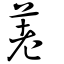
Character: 荖